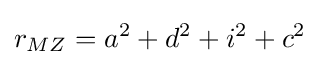
r_{MZ}=a^{2}+d^{2}+i^{2}+c^{2}